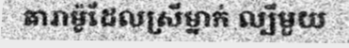
តារាម៉ូដែលស្រីម្នាក់ ល្បីមួយ